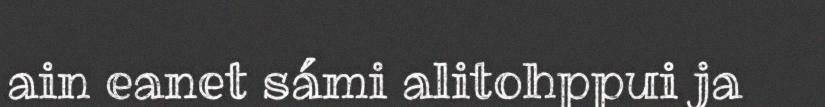
ain eanet sámi alitohppui ja